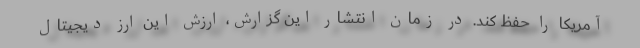
آمریکا را حفظ کند. در زمان انتشار این گزارش، ارزش این ارز دیجیتال